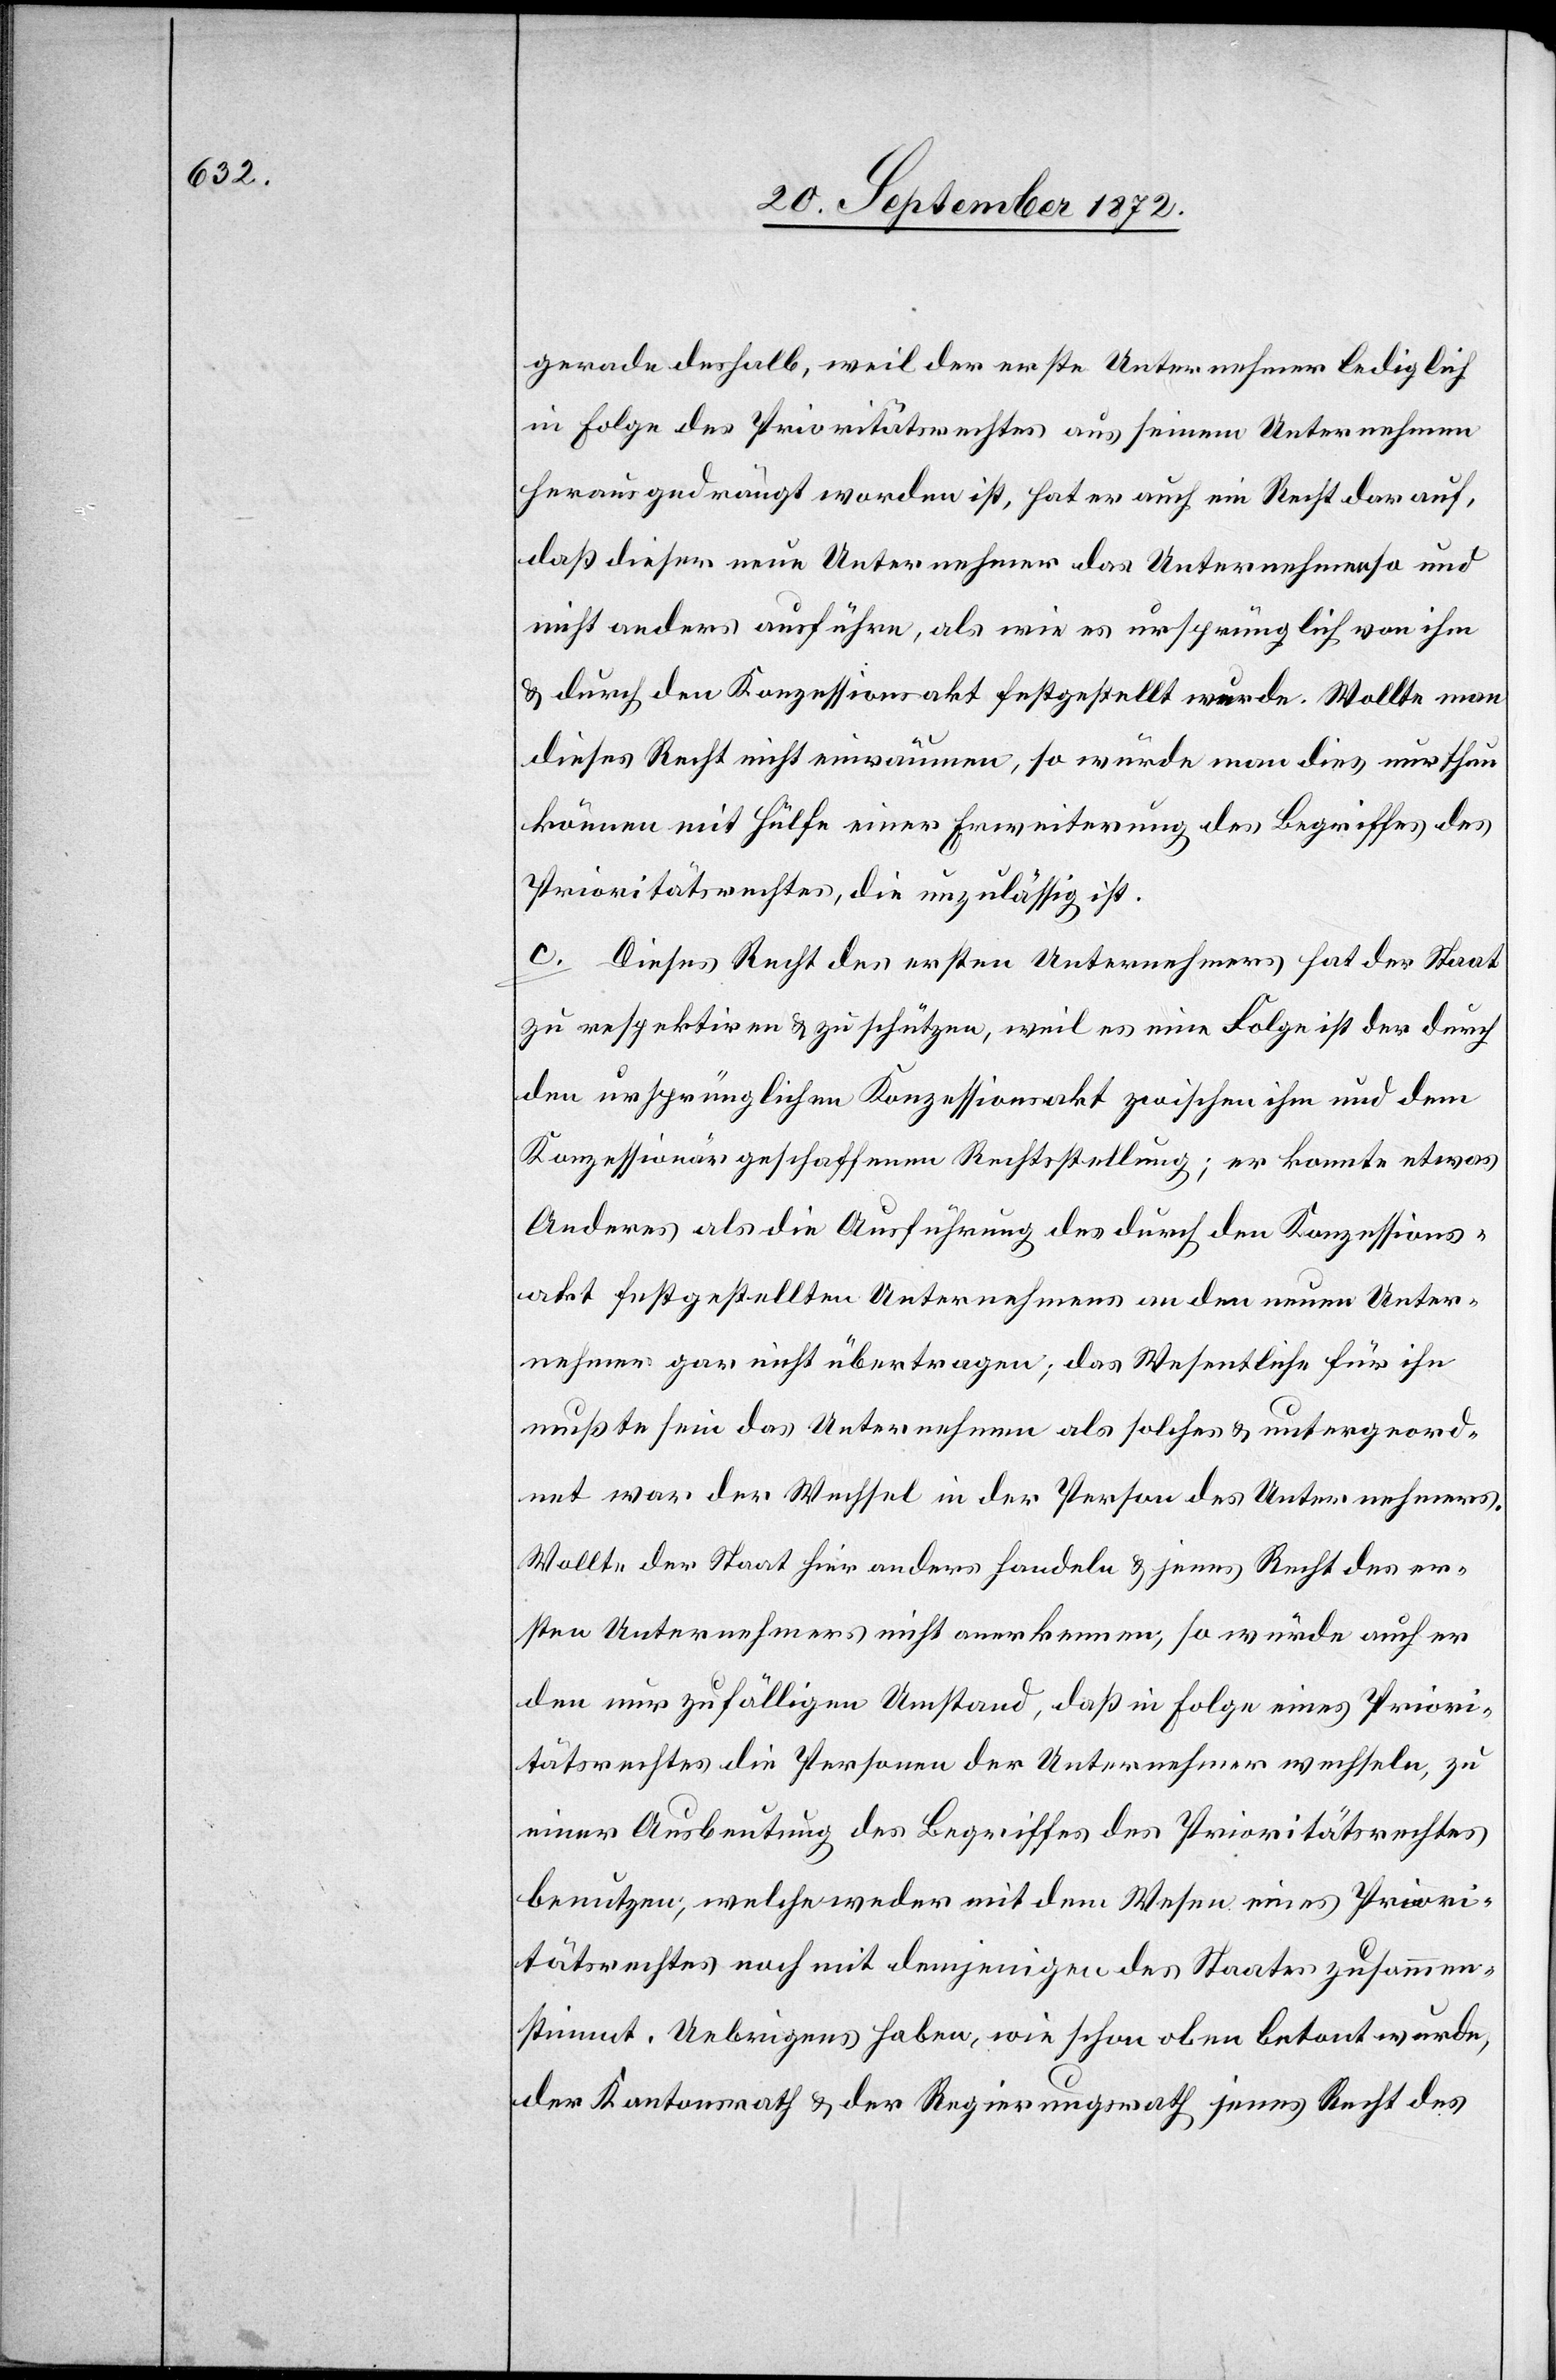
gerade deshalb, weil der erste Unternehmer lediglich
in Folge des Prioritätsrechtes auf seinem Unternehmen
heraus gedrängt worden ist, hat er auch ein Recht darauf,
daß dieser neue Unternehmer das Unternehmen so und
nicht anders ausführe, als wie es ursprünglich von ihm
u. durch den Konzessionsakt festgestellt wurde. Wollte man
dieses Recht nicht einräumen, so würde man dies nur thun
können mit Hülfe einer Erweiterung des Begriffes des
Prioritätsrechtes, die unzulässig ist.
c. Dieses Recht des ersten Unternehmers hat der Staat
zu respektiren u. zu schützen, weil es eine Folge ist der durch
den ursprünglichen Konzessionsakt zwischen ihm und dem
Konzessionär geschaffenen Rechtsstellung; er konnte etwas
Anderes als die Ausführung des durch den Konzessions¬
akt festgestellten Unternehmens an den neuen Unter¬
nehmer gar nicht übertragen; das Wesentliche für ihn
mußte sein das Unternehmen als solches u. untergeord¬
net war der Wechsel in der Person des Unternehmers.
Wollte der Staat hier anders handeln u. jenes Recht des er¬
sten Unternehmers nicht anerkennen, so würde auch er
den nur zufälligen Umstand, daß in Folge eines Priori¬
tätsrechtes die Personen der Unternehmer wechseln, zu
einer Ausbeutung des Begriffes des Prioritätsrechtes
benutzen, welche weder mit dem Wesen eines Priori¬
tätsrechtes noch mit demjenigen des Staates zusammen¬
stimmt. Uebrigens haben, wie schon oben betont wurde,
der Kantonsrath u. der Regierungsrath jenes Recht des